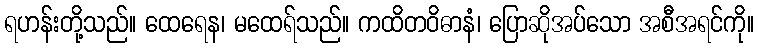
ရဟန်းတို့သည်။ ထေရေန၊ မထေရ်သည်။ ကထိတဝိဓာနံ၊ ပြောဆိုအပ်သော အစီအရင်ကို။